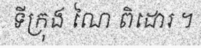
ទីក្រុង ណៃ ពិដោរ ។